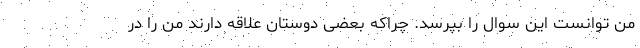
من توانست این سوال را بپرسد. چراکه بعضی دوستان علاقه دارند من را در